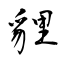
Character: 貍